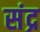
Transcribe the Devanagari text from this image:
संद्र